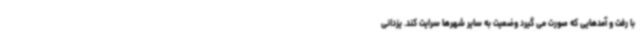
با رفت و آمدهایی که صورت می گیرد وضعیت به سایر شهرها سرایت کند. یزدانی